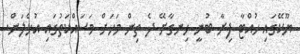
ޔޫކޭގައި ހުއްޓާ ފިރާ ބުނީ ހިނގާށޭ ދެ ތިން މަހަށް މަސައްކަތުގައި އުޅެލަން.